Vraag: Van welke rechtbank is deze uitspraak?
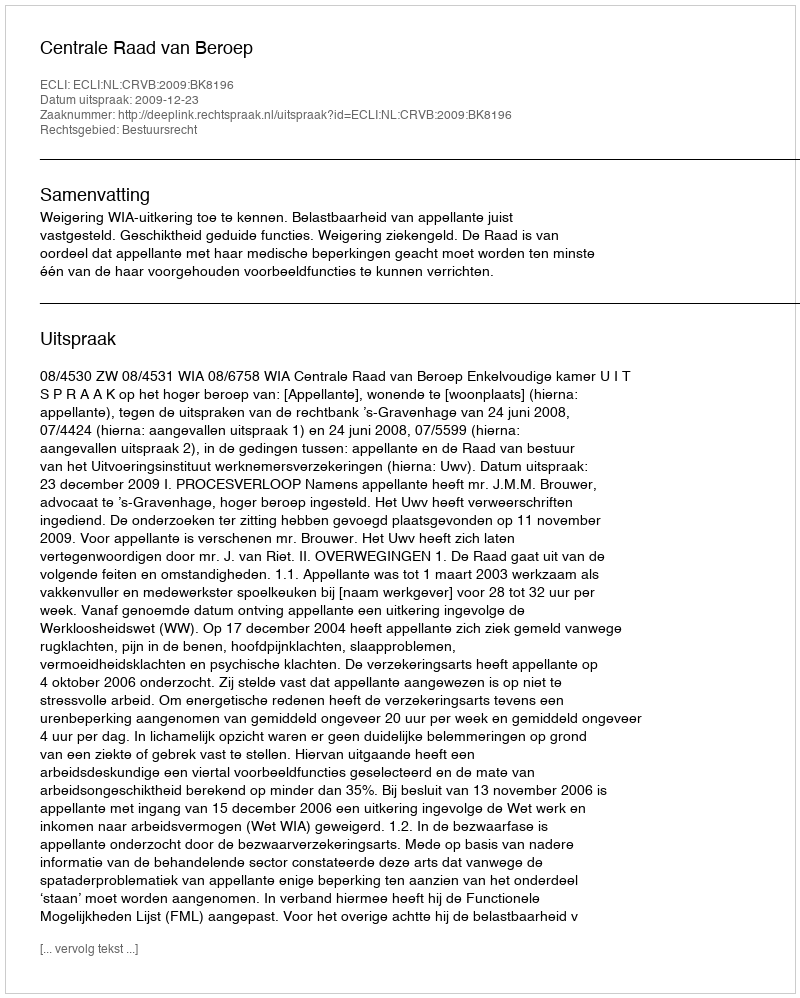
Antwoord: Centrale Raad van Beroep